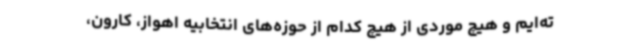
ته‌ایم و هیچ موردی از هیچ کدام از حوزه‌های انتخابیه اهواز، کارون،